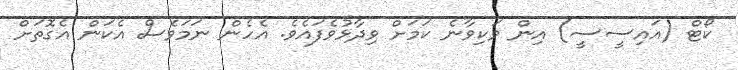
ކޯޓް (އައިސީސީ) އިން ވަކިވާނެ ކަމަށް ވިދާޅުވެފައެވެ. އެހެން ނަަމަވެސް އެކަން އެގޮތަށް